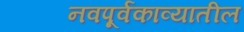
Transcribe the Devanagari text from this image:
नवपूर्वकाव्यातील